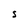
Character: s